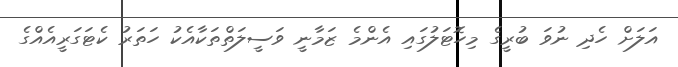
އަލަށް ހެދި ނުވަ ބުރީގެ މިހޮޓަލުގައި އެންމެ ޒަމާނީ ވަސީލަތްތަކާއެކު ހަތަރު ކެޓަގަރީއެއްގެ